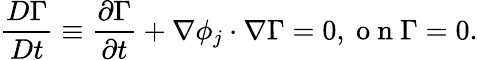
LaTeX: \frac{D\Gamma}{Dt}\equiv\frac{\partial\Gamma}{\partial t}+\nabla\phi_{j}\cdot\nabla\Gamma=0,\mathrm{~o~n~}\Gamma=0.